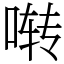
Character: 啭